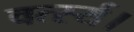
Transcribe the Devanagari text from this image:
वर्त्स्य।